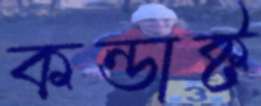
কন্ডাক্ট